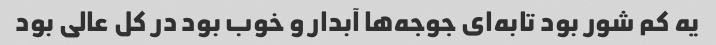
یه کم شور بود تابه‌ای جوجه‌ها آبدار و خوب بود در کل عالی بود